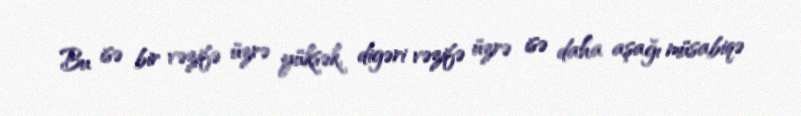
Bu isə bir vəzifə üzrə yüksək, digəri vəzifə üzrə isə daha aşağı müsabiqə